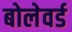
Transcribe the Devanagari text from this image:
बोलेवर्ड